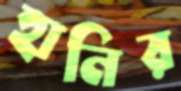
হানির